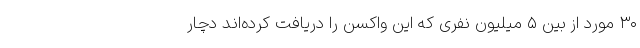
۳۰ مورد از بین ۵ میلیون نفری که این واکسن را دریافت کرده‌اند دچار